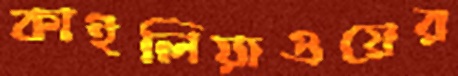
কাইলিয়াওয়ের